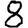
Digit: 8